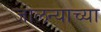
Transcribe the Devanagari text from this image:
जालन्याच्या